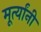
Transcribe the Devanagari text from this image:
मूर्त्यांनी